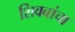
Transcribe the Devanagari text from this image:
शिवबांचा